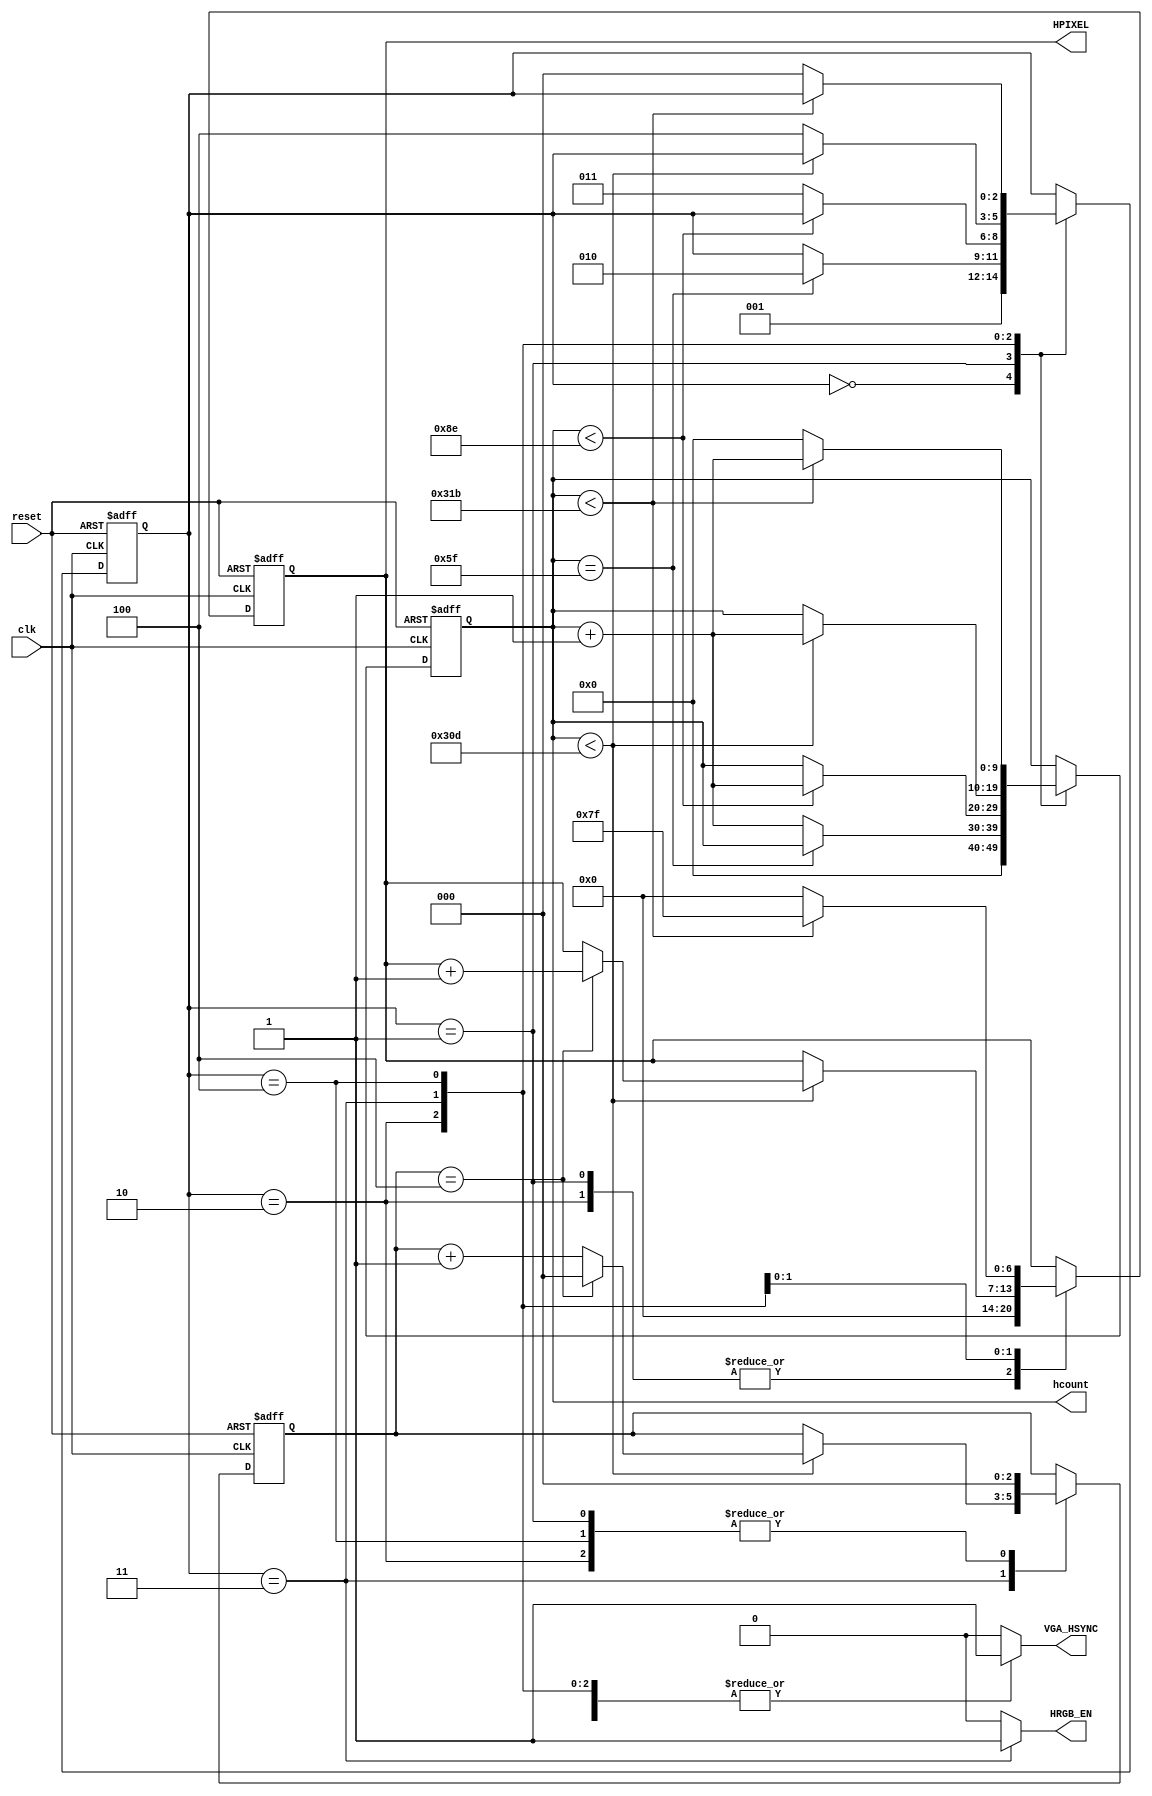
`timescale 1ns/1ps

module Hcounter(clk, reset, VGA_HSYNC, HPIXEL, hcount, HRGB_EN);

input clk, reset;
output reg VGA_HSYNC;/*Horizontal synchronization signal*/
output [6:0] HPIXEL;/*counter that gives the horizontal value for the pixel*/
output reg [9:0] hcount;/*counter that counts throughout all the states of combinational logic always block*/
output reg HRGB_EN;/*Enable signal for RGB, it gets enabled only in stateD*/

reg [2:0] state, next_state;/*state logic transition registers*/
reg [9:0] hcount_next;
reg [6:0] hcount_ins, hcount_ins_next;/*Register which only counts in stateD, to give its value to HPIXEL*/
reg [2:0] flag, flag_next;/*variable that is used to divide the cycles of stateD by 5, so that hcount_ins can get the proper values from (0->127)*/

parameter 	stateA = 0,
			stateB = 1,
			stateC = 2,
			stateD = 3,
			stateE = 4;

/*Sequential logic always block*/
always@ (posedge clk or posedge reset) begin
	if(reset) begin
		state <= stateA;
		hcount <= 0;
		hcount_ins <= 0;
		flag <= 0;
	end
	else begin
		state <= next_state;
		hcount <= hcount_next;
		hcount_ins <= hcount_ins_next;
		flag <= flag_next;
	end
end

/*Combinational logic always block*/
always@(state or hcount or hcount_ins or flag) begin
	next_state = state;
	hcount_next = hcount;
	hcount_ins_next = hcount_ins;
	flag_next = flag;
	VGA_HSYNC = 0;
	HRGB_EN = 0;
	case(state)
		/*(1 cycle) stateA*/
		stateA: begin
			HRGB_EN = 0;
			VGA_HSYNC = 1'b1;
			hcount_next = 0;
			next_state = stateB;
		end
		/*(96 cycles) stateB*/
		stateB: begin
			HRGB_EN = 0;
			flag_next = 0;
			VGA_HSYNC = 1'b0;
			hcount_ins_next = 0;
			if(hcount == (95))
				next_state = stateC;
			else
				hcount_next = hcount_next + 1;
		end
		/*(48 cycles) stateC*/
		stateC: begin
			flag_next = 0;
			HRGB_EN = 0;
			VGA_HSYNC = 1'b1;
			hcount_ins_next = 0;
			if(hcount < (142))
				hcount_next = hcount_next + 1;
			else
				next_state = stateD;
		end
		/*(640 cycles) stateD*/
		stateD: begin
			VGA_HSYNC = 1'b1;
			HRGB_EN = 1;
			if(hcount < (781)) begin
				hcount_next = hcount_next + 1;
				flag_next = flag_next + 1;
				if(flag == 4) begin /*Here we check the value of the flag every 5 cycles to increament hcount*/
					hcount_ins_next = hcount_ins_next + 1;
					flag_next = 0;
				end
			end
			else
				next_state = stateE;
		end
		/*(15 cycles) stateE*/
		stateE: begin
			flag_next = 0;
			HRGB_EN = 0;
			VGA_HSYNC = 1'b1;
			hcount_ins_next = 127;
			if(hcount < (795))//796 -1 period because we add it up front in stateA
				hcount_next = hcount_next + 1;
			else begin
				next_state = stateA;
				hcount_next = 0;
				hcount_ins_next = 0	;
			end
		end
	endcase
end

assign HPIXEL = hcount_ins;

endmodule

/*`timescale 1ns/1ps

module Hcounter(clk, reset, VGA_HSYNC, HPIXEL, hcount, HRGB_EN);

input clk, reset;
output reg VGA_HSYNC;
output [6:0] HPIXEL;
output reg [9:0] hcount;
output reg HRGB_EN;

reg [2:0] state, next_state;
reg [9:0] hcount_next;
reg [6:0] hcount_ins, hcount_ins_next;
reg [2:0] flag, flag_next;

parameter 	stateA = 0,
			stateB = 1,
			stateC = 2,
			stateD = 3,
			stateE = 4;

always@ (posedge clk or posedge reset) begin
	if(reset) begin
		state <= stateA;
		hcount <= 0;
		hcount_ins <= 0;
		flag <= 0;
	end
	else begin
		state <= next_state;
		hcount <= hcount_next;
		hcount_ins <= hcount_ins_next;
		flag <= flag_next;
	end
end

always@(state or hcount or flag or hcount_ins) begin
	next_state = state;
	hcount_next = hcount;
	hcount_ins_next = hcount_ins;
	flag_next = flag;
	VGA_HSYNC = 0;
	HRGB_EN = 1'b0;
	case(state)
		stateA: begin
			HRGB_EN = 1'b0;
			VGA_HSYNC = 1'b1;
			hcount_next = 0;
			next_state = stateB;
		end
		stateB: begin
			HRGB_EN = 1'b0;
			VGA_HSYNC = 1'b0;
			hcount_ins_next = 0;
			flag_next = 0;
			if(hcount == (95))
				next_state = stateC;
			else
				hcount_next = hcount_next + 1;
		end
		stateC: begin
			HRGB_EN = 1'b0;
			VGA_HSYNC = 1'b1;
			hcount_ins_next = 0;
			flag_next = 0;
			if(hcount == (142))
				next_state = stateD;
			else
				hcount_next = hcount_next + 1;
		end
		stateD: begin
			HRGB_EN = 1'b1;
			VGA_HSYNC = 1'b1;
			if(hcount == (781))
				next_state = stateE;
			else begin
				hcount_next = hcount_next + 1;
				flag_next = flag_next + 1;
				if(flag == 4) begin
					hcount_ins_next = hcount_ins_next + 1;
					flag_next = 0;
				end
			end
		end
		stateE: begin
			HRGB_EN = 1'b0;
			VGA_HSYNC = 1'b1;
			hcount_ins_next = 127;
			flag_next = 0;
			if(hcount == (795)) begin
				next_state = stateA;
				hcount_next = 0;
			end
			else begin
				hcount_next = hcount_next + 1;
			end
		end
	endcase
end

assign HPIXEL = hcount_ins;

endmodule*/